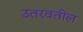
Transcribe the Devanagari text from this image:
उतरवतील